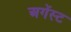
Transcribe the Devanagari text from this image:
अगेंस्‍ट